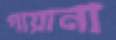
গায়ানা